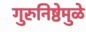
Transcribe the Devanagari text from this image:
गुरुनिष्ठेमुळे